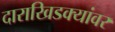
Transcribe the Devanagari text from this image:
दाराखिडक्यांवर